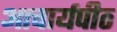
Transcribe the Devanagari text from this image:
अाचार्यपीठ